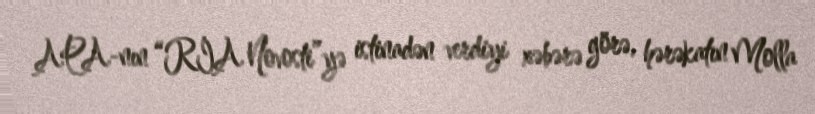
APA-nın “RİA Novosti”yə istinadən verdiyi xəbərə görə, hərəkatın Molla